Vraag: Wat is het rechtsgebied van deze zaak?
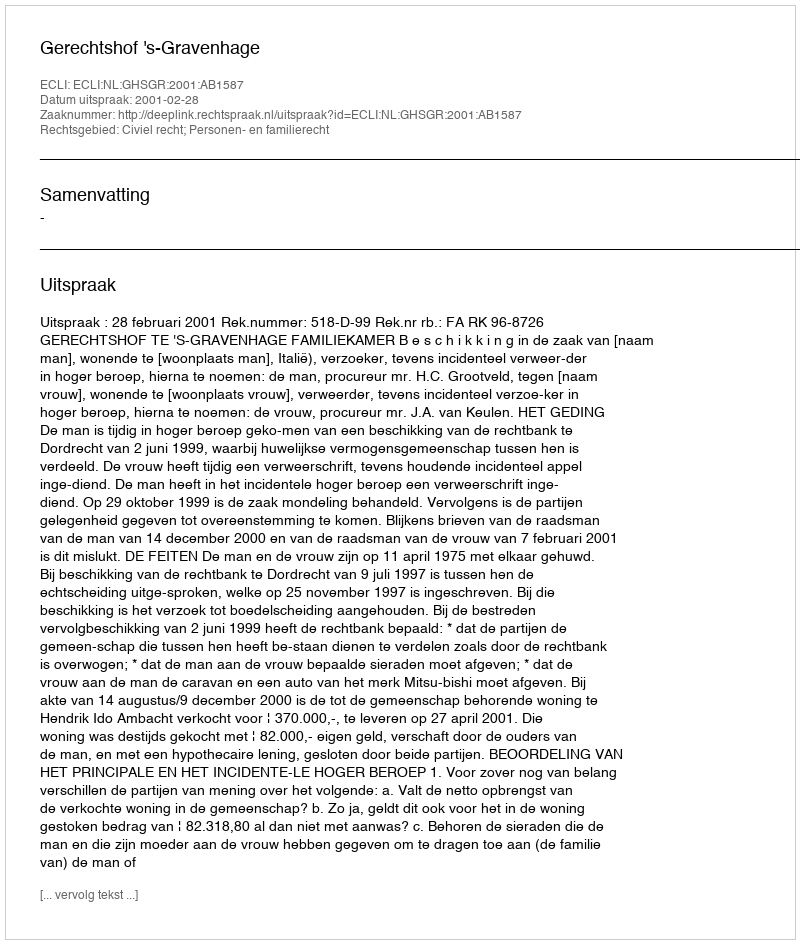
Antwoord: Civiel recht; Personen- en familierecht